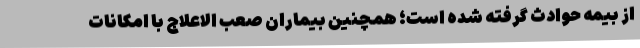
از بیمه حوادث گرفته شده است؛ همچنین بیماران صعب الاعلاج با امکانات